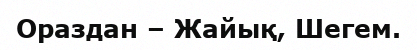
Ораздан – Жайық, Шегем.